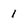
Character: 1